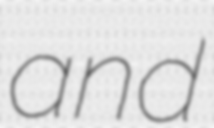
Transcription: and